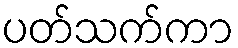
ပတ်သက်ကာ